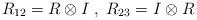
LaTeX: \begin{align*}R_{12}=R\otimes I \; ,\; R_{23}=I\otimes R\end{align*}